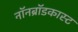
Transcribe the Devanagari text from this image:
नॉनब्रॉडकास्ट